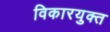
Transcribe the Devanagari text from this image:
विकारयुक्त